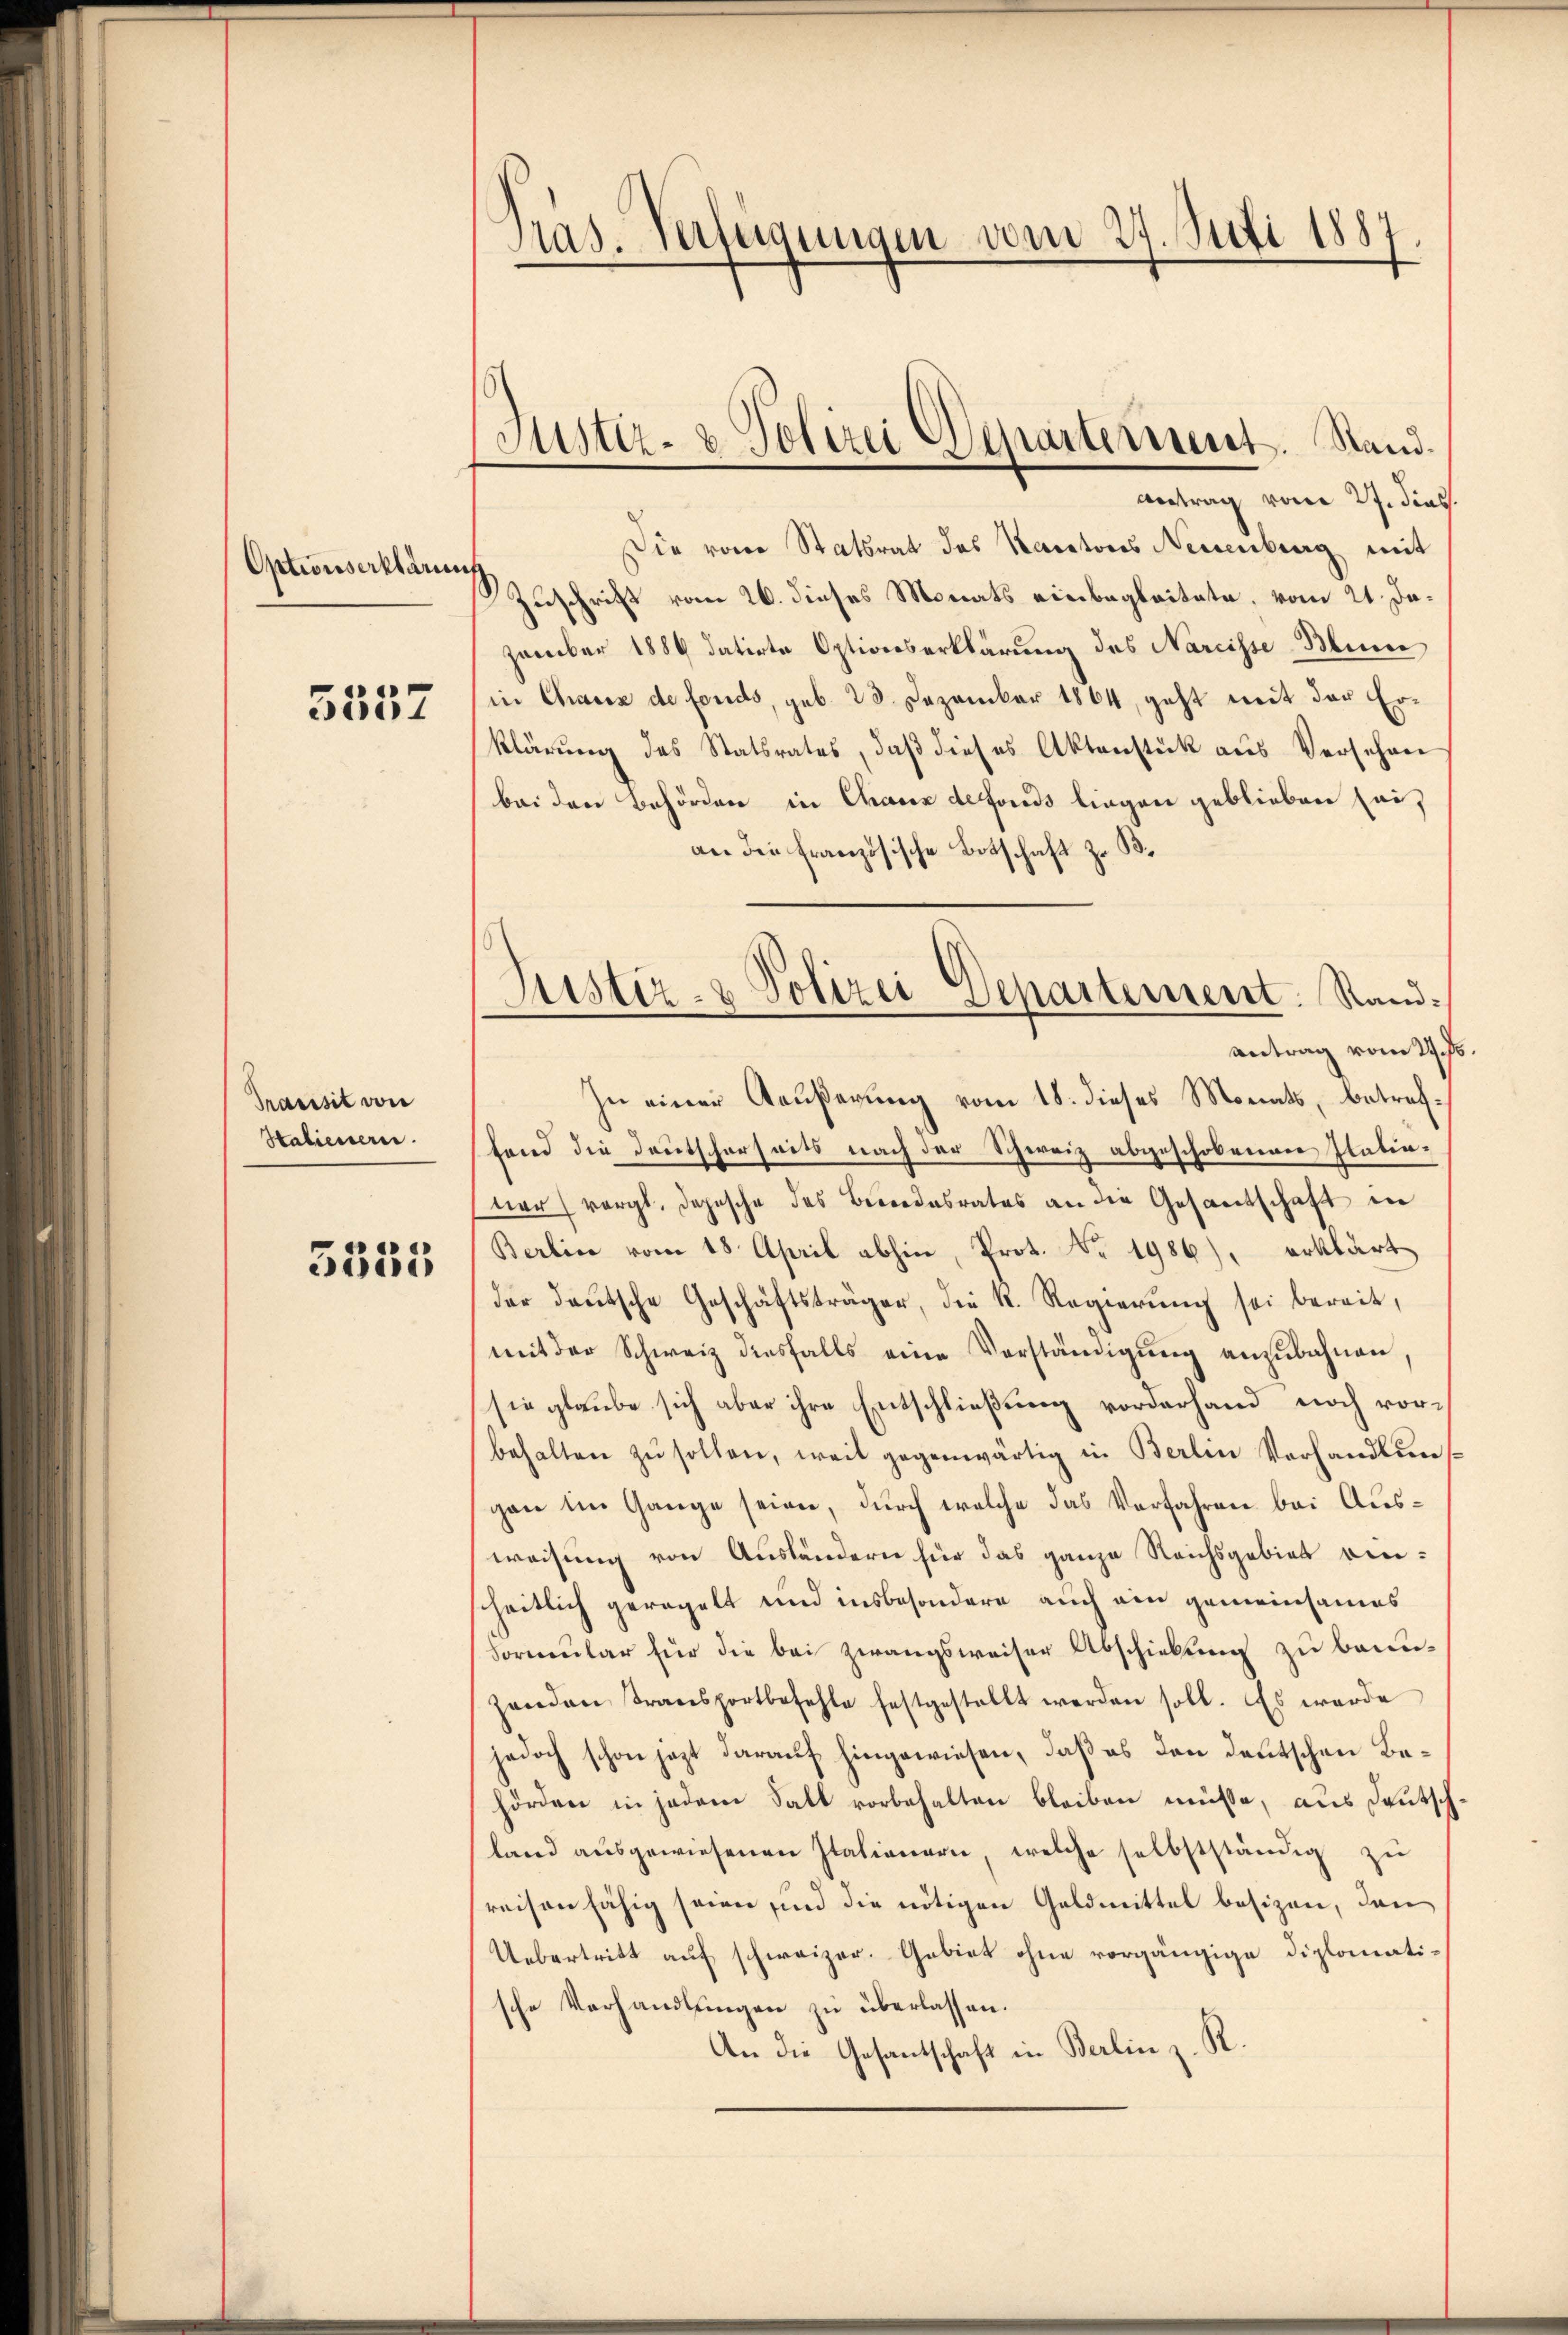
Optionserklärung

5557

Transit von
Statienern.

5355

Pras. Verfügungen vom 27. Juli 1887

Antrag vom 27. dies
Die von Statsrat des Karatores Neuenburg mit
Zuschrift vom 26. dieses Monats einbegleitete, vom 21. Jazember 1889 datirte Optionserklärung des Nareisse Blume
in Chaisz de fonds, geb. 23. Dezember 1864, geht mit der Erklärung des Statsrates, daß dieses Aktenstück aus Verschen
bei den Behörden in Chaux defonds liegen geblieben sei,
an die Französische Botschaft z. B.
zu einer Aeußerung vom 18. dieses Monats, betreffend die Deutscherseits nach der Schweiz abgeschobenen Platinner vergl. Depesche des Besondesrates an die Gesandschaft in
Berlin vom 18. April abhin, Prot. Nr. 1986), erklärt
der deutsche Geschäftsträger, die k. Regierŭng sei bereit,
mit der Schweiz diesfalls eine Verständigung anzubahnen,
sie glaube sich aber ihre Entschließung vorderhand noch vorbehalten zŭ sollen, weil gegenwärtig in Berlin Vorhandlungan im Gange seien, durch welche das Verfahren bei Ausweisung von Ausländern für das ganze Reichsgebiet einscheitlich geregelt und insbesondere auch ein gemeinsames
Formular für die bei Zwangsweiser Abschiebung zu bauezenden Transportbefehle festgestellt werden soll. Es werde
jedoch schon jezt darauf hingewiesen, daß es den deutschen Behörden in jedem Fall vorbehalten bleiben müsse, aus deutsch
land aŭsgewiesenen Italianern, welche selbstständig zu
reisen fähig seien, und die nötigen Geldmittel besizen, den
Uebertritt auf schweizer. Gebiet ohne vorgängige Diplomatische Verhandlungen zu überlassen.
An die Gesantschaft in Berlin z. R.

Justiz- & Polizei Departement. Stand.

Justiz- & Polizei Departement. Sand¬
Antrag vom 24.